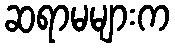
ဆရာမများက